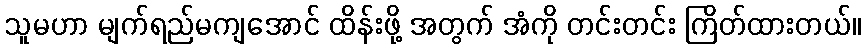
သူမဟာ မျက်ရည်မကျအောင် ထိန်းဖို့ အတွက် အံကို တင်းတင်း ကြိတ်ထားတယ်။